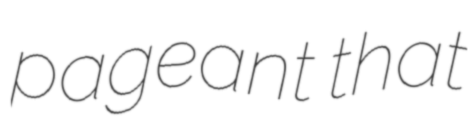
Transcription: pageant that